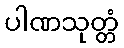
ပါဏသုတ္တံ